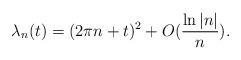
LaTeX: \begin{align*}\lambda_{n}(t)=(2\pi n+t)^{2}+O(\frac{\ln\left\vert n\right\vert }{n}).\end{align*}